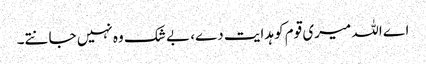
اے اللہ میری قوم کو ہدایت دے، بے شک وہ نہیں جانتے۔